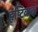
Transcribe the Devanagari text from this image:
हृष्टिवाद।